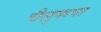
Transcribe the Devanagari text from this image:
चैलुकपा